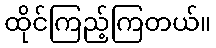
ထိုင်ကြည့်ကြတယ်။